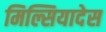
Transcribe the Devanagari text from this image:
मिल्सियादेस